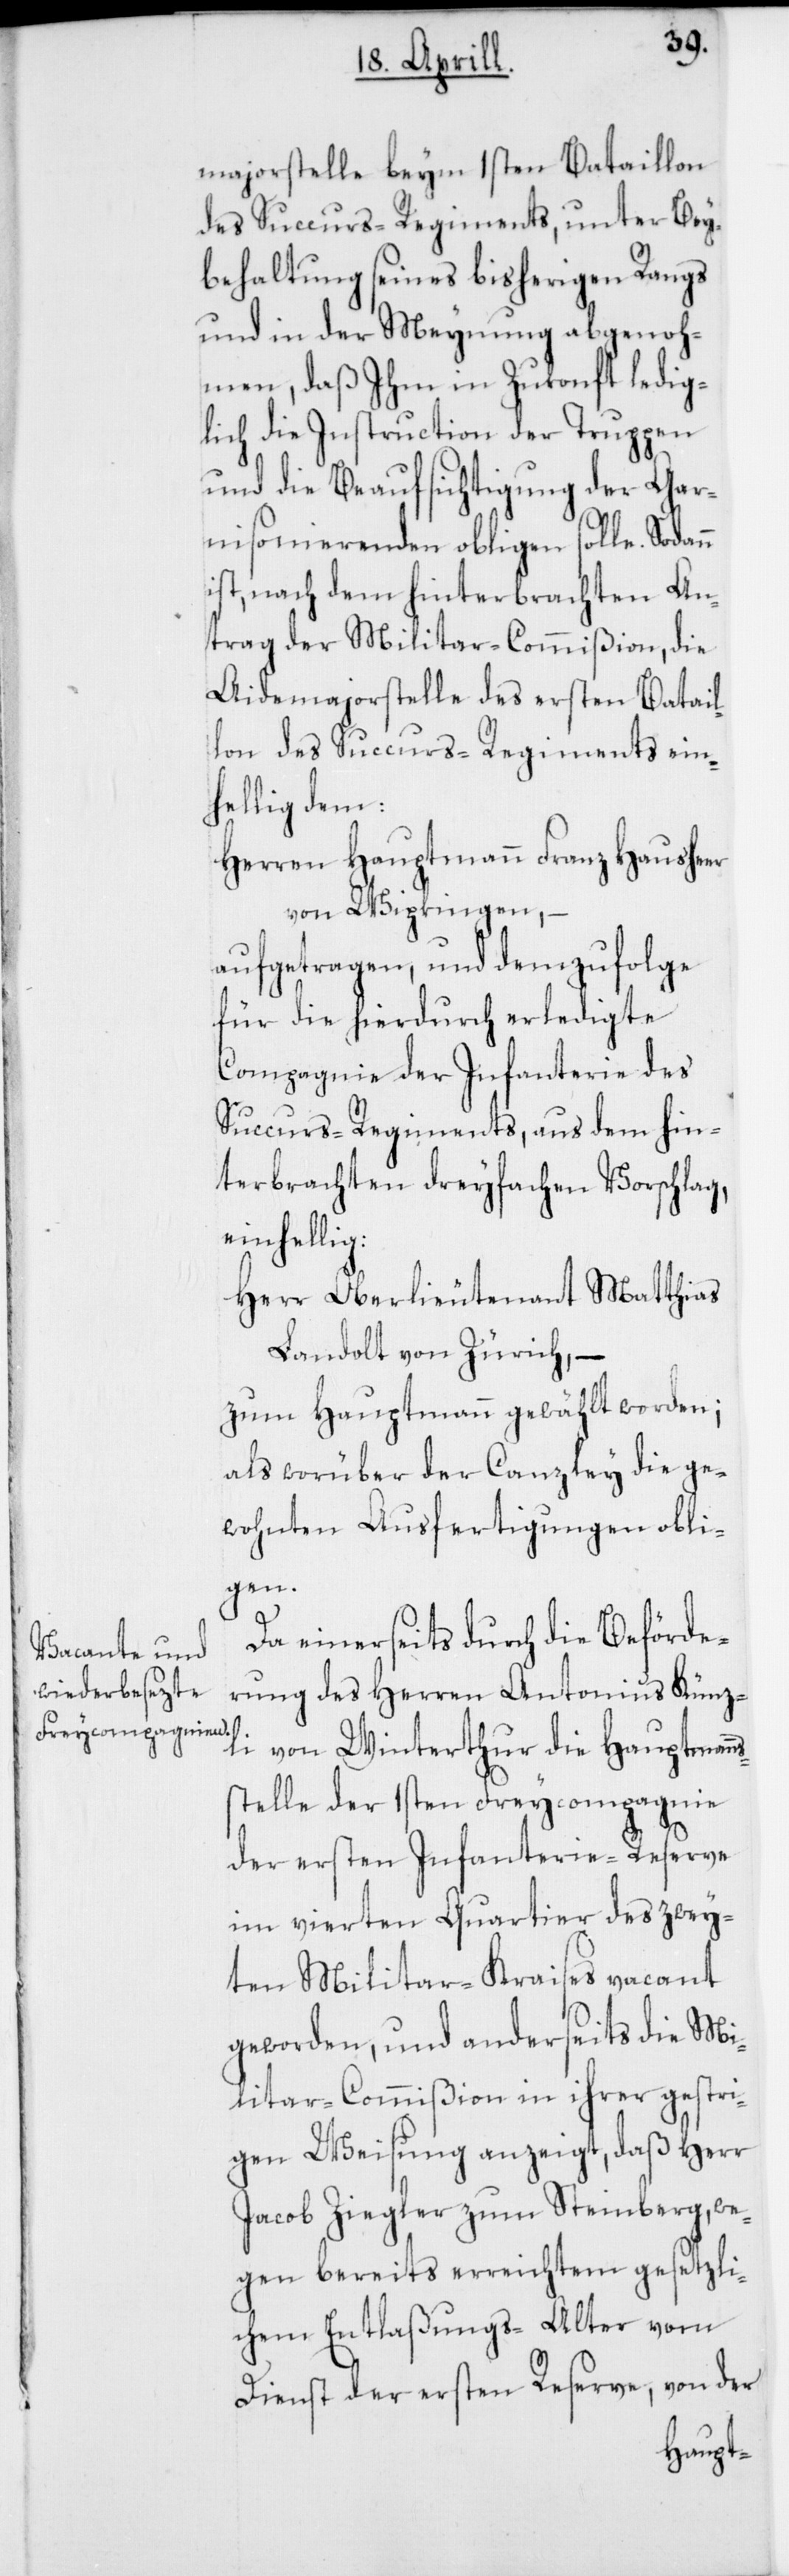
majorstelle beym 1sten Bataillon
des Succurs-Regiments, unter Bey¬
behaltung seines bisherigen Rangs
und in der Meynung abgenoh¬
men, daß Ihm in Zukonft ledig¬
lich die Instruction der Truppen
und die Beaufsichtigung der Gar¬
nisonierenden obligen solle. Sodann
ist, nach dem hinterbrachten An¬
trag der Militar-Commißion, die
Aidemajorstelle des ersten Batail¬
lon des Succurs-Regiments ein¬
hellig dem
Herren Hauptmann Franz Hausheer
von Wipkingen, –
aufgetragen, und demzufolge
für die hierdurch erledigte
Compagnie der Infanterie des
Succurs-Regiments, aus dem hin¬
terbrachten dreyfachen Vorschlag,
einhellig:
Herr Oberlieutenant Matthias
Landolt von Zürich, –
zum Hauptmann gewählt worden;
als worüber der Canzley die ge¬
wohnten Ausfertigungen obli¬
gen.
Da einerseits durch die Beförde¬
rung des Herren Antonius Künz¬
li von Winterthur die Hauptmann¬
s-Stelle der 1sten Freycompagnie
der ersten Infanterie-Reserve
im vierten Quartier des zwey¬
ten Militar-Kraises vacant
geworden, und anderseits die Mi¬
litar-Commißion in ihrer gestri¬
gen Weisung anzeigt, daß Herr
Jacob Ziegler zum Steinberg, we¬
gen bereits erreichtem gesetzli¬
chem Entlaßungs-Alter vom
Dienst der ersten Reserve, von der